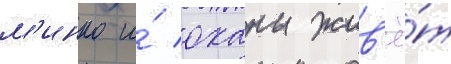
м'инко и́ оханы жив'ё́т